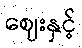
ဈေးနှင့်